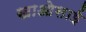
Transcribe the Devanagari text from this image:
खाओसाई